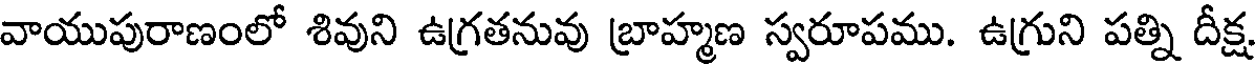
వాయుపురాణంలో శివుని ఉగ్రతనువు బ్రాహ్మణ స్వరూపము. ఉగ్రుని పత్ని దీక్ష